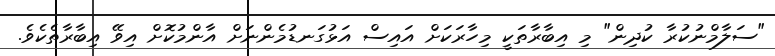
"ސަލާމްނުކުރާ ކުދިން" މި އިބާރާތަކީ މިހާރަކަށް އައިސް އަޅުގަނޑުމެންނަށް އާންމުކޮށް އިވޭ އިބާރާތެކެވެ.